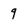
Character: 9